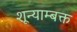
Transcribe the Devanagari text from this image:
शून्याम्बक्त